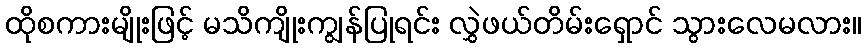
ထိုစကားမျိုးဖြင့် မသိကျိုးကျွန်ပြုရင်း လွှဲဖယ်တိမ်းရှောင် သွားလေမလား။